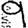
Digit: 9